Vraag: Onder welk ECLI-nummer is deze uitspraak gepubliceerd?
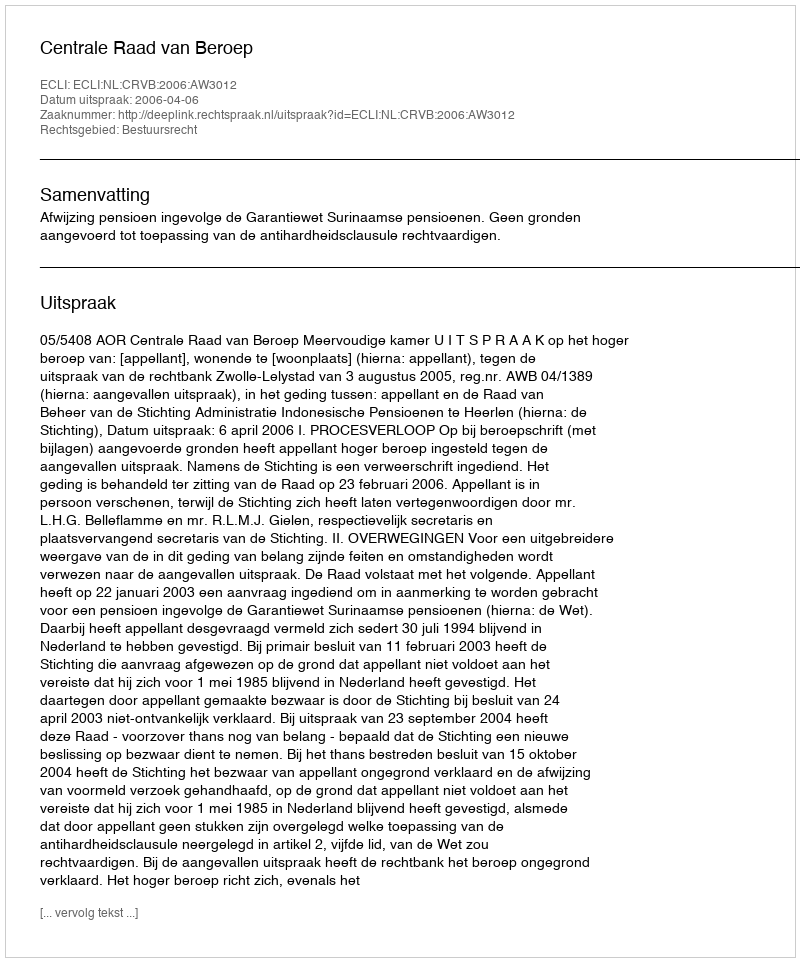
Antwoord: ECLI:NL:CRVB:2006:AW3012